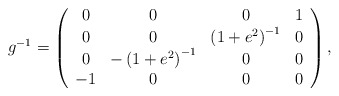
\begin{align*}g^{-1}=\left( \begin{array}{cccc}0 & 0 & 0 & 1 \\ 0 & 0 & \left( 1+e^{2}\right) ^{-1} & 0 \\ 0 & -\left( 1+e^{2}\right) ^{-1} & 0 & 0 \\ -1 & 0 & 0 & 0\end{array}\right) , \end{align*}